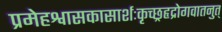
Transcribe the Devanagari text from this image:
प्रमेहश्वासकासार्शःकृच्छ्रहृद्रोगवातनुत्